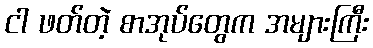
ငါ ဖတ်တဲ့ စာအုပ်တွေက အများကြီး